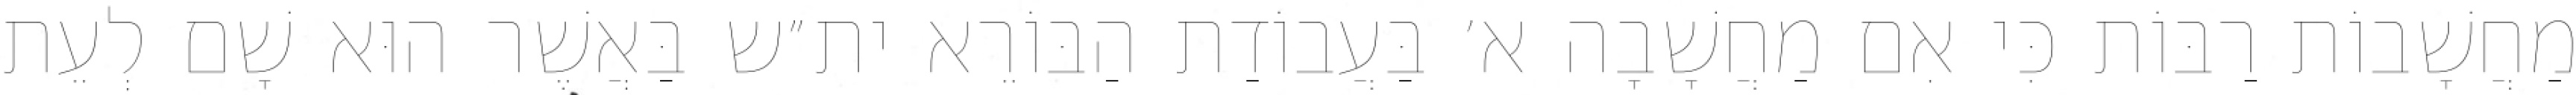
מַחֲשָׁבוֹת רַבּוֹת כִּי אִם מַחֲשָׁבָה א׳ בַּעֲבוֹדַת הַבּוֹרֵא ית״ש בַּאֲשֶׁר הוּא שָׁם לְעֵת